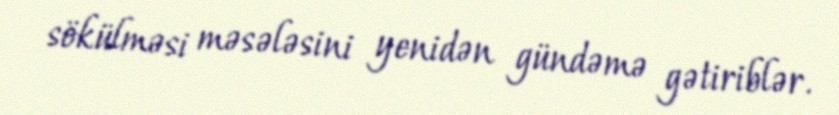
sökülməsi məsələsini yenidən gündəmə gətiriblər.